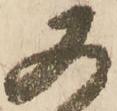
又